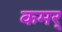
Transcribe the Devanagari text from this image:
कमर्